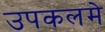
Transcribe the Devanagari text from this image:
उपकलमे